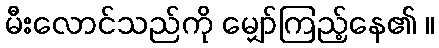
မီးလောင်သည်ကို မျှော်ကြည့်နေ၏ ။